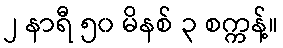
၂ နာရီ ၅၀ မိနစ် ၃ စက္ကန့်။